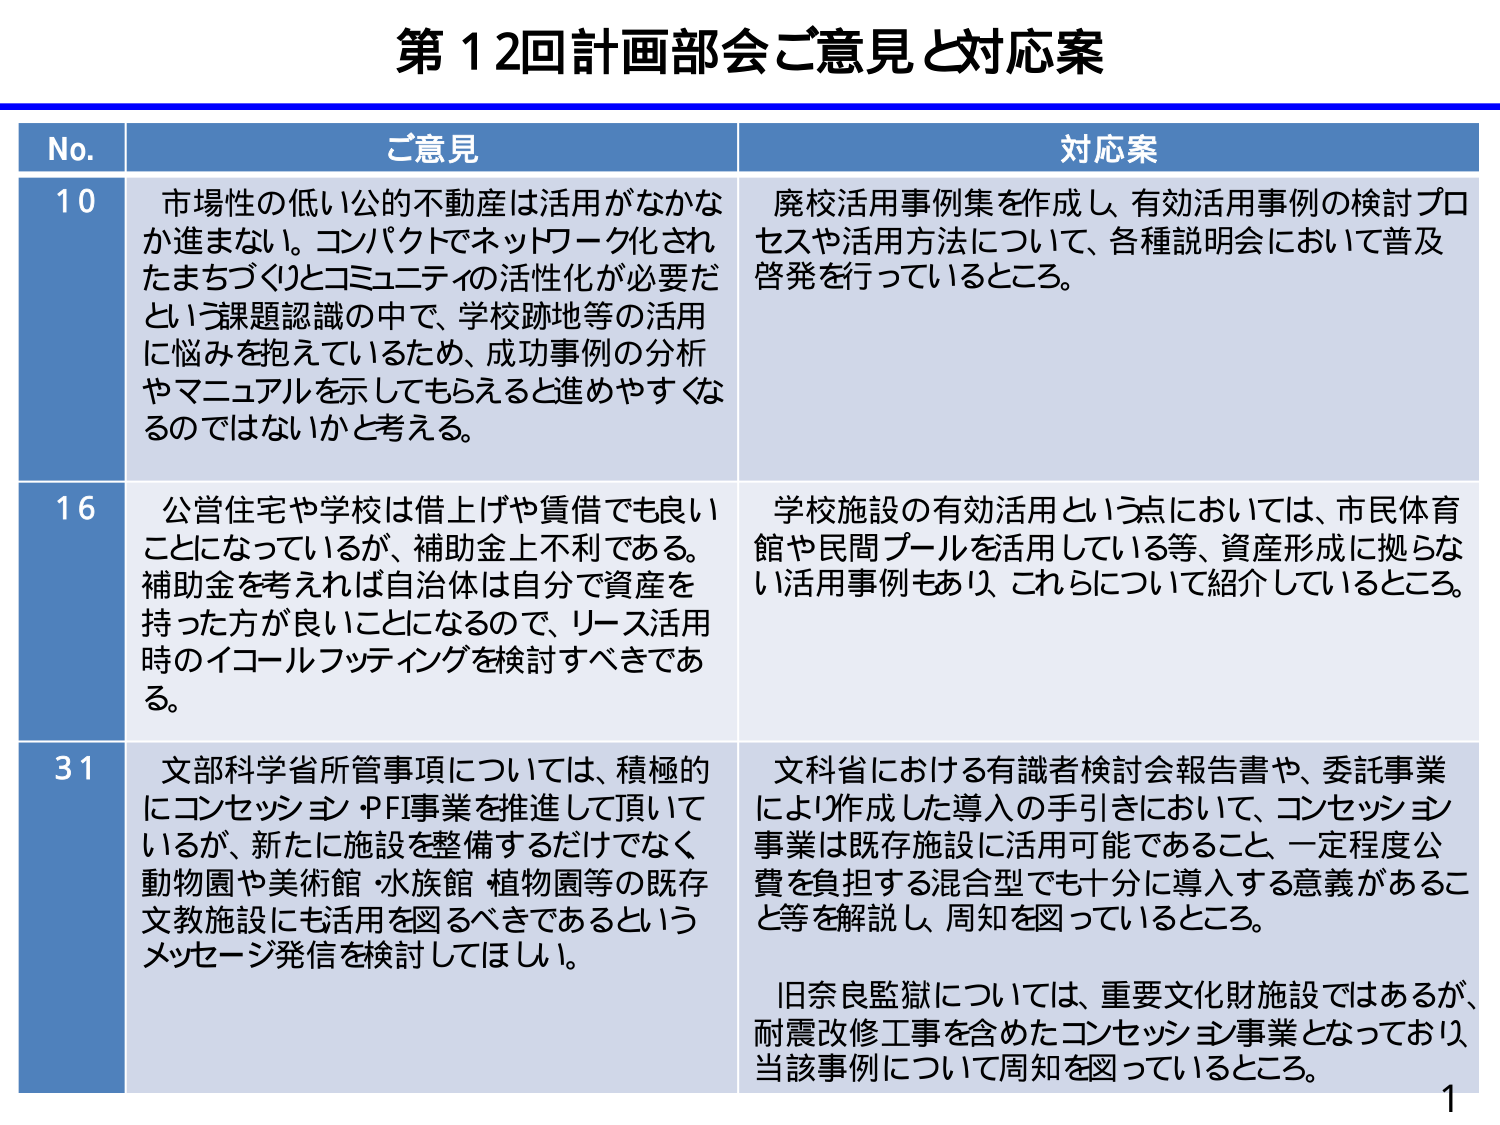
第12回計画部会ご意見と対応案

No. ご意見 対応案

10 市場性の低い公的不動産は活用がなかなか進まない。コンパクトでネットワーク化されたまちづくりとコミュニティの活性化が必要だという課題認識の中で、学校跡地等の活用に悩みを抱えているため、成功事例の分析やマニュアルを示してもらえると進めやすくなるのではないかと考える。 廃校活用事例集を作成し、有効活用事例の検討プロセスや活用方法について、各種説明会において普及啓発を行っているところ。

16 公営住宅や学校は借上げや賃借でも良いことになっているが、補助金上不利である。補助金を考えれば自治体は自分で資産を持った方が良いことになるので、リース活用時のイコールフッティングを検討すべきである。 学校施設の有効活用という点においては、市民体育館や民間プールを活用している等、資産形成に拠らない活用事例もあり、これらについて紹介しているところ。

31 文部科学省所管事項については、積極的にコンセッション・PFI事業を推進して頂いているが、新たに施設を整備するだけでなく、動物園や美術館・水族館・植物園等の既存文教施設にも活用を図るべきであるというメッセージ発信を検討してほしい。 文科省における有識者検討会報告書や、委託事業により作成した導入の手引きにおいて、コンセッション事業は既存施設に活用可能であること、一定程度公費を負担する混合型でも十分に導入する意義があること等を解説し、周知を図っているところ。 旧奈良監獄については、重要文化財施設ではあるが、耐震改修工事を含めたコンセッション事業となっており、当該事例について周知を図っているところ。

1